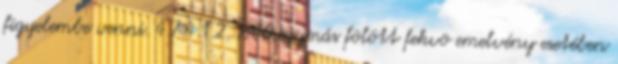
figyelembe venni. 4.7.4.1.2. Több egymás fölött fekvõ emelvény esetében